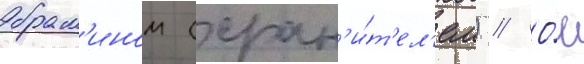
брам'ином (хран'и́т'ел'ем) // О́н